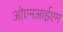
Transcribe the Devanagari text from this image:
ओएमआईएम